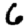
Digit: 6